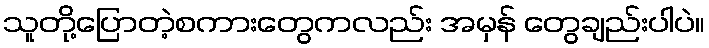
သူတို့ပြောတဲ့စကားတွေကလည်း အမှန် တွေချည်းပါပဲ။